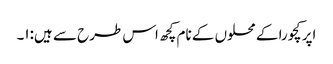
اپر کچورا کے محلوں کے نام کچھ اس طرح سے ہیں:۱۔